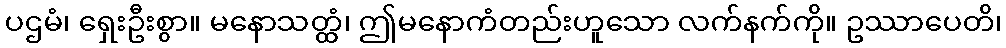
ပဌမံ၊ ရှေးဦးစွာ။ မနောသတ္ထံ၊ ဤမနောကံတည်းဟူသော လက်နက်ကို။ ဥဿာပေတိ၊